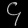
Digit: ၄